Suggestions for procedure with regard to school attendance under the Education (Scotland) Act, 1936, sections 1 to 3 and 5, 1936
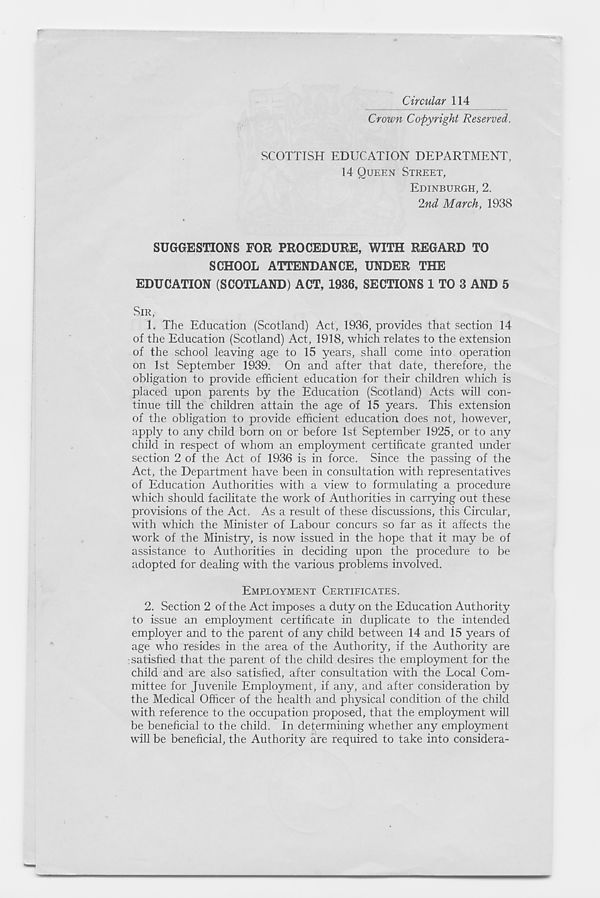
Circular 114
Crown Copyright Reserved.
SCOTTISH EDUCATION DEPARTMENT,
14 QUEEN STREET,
EDINBURGH, 2.
2nd March, 1938
SUGGESTIONS FOR PROCEDURE, WITH REGARD TO
SCHOOL ATTENDANCE, UNDER THE
EDUCATION (SCOTLAND) ACT, 1936, SECTIONS 1 TO 3 AND 5
SIR,
1. The Education (Scotland) Act, 1936, provides that section 14
of the Education (Scotland) Act, 1918, which relates to the extension
of the school leaving age to 15 years, shall come into operation
on 1st September 1939. On and after that date, therefore, the
obligation to provide efficient education for their children which is
placed upon parents by the Education (Scotland) Acts will con-
tinue till the children attain the age of 15 years. This extension
of the obligation to provide efficient education does not, however,
apply to any child born on or before 1st September 1925, or to any
child in respect of whom an employment certificate granted under
section 2 of the Act of 1936 is in force. Since the passing of the
Act, the Department have been in consultation with representatives
of Education Authorities with a view to formulating a procedure
which should facilitate the work of Authorities in carrying out these
provisions of the Act. As a result of these discussions, this Circular,
with which the Minister of Labour concurs so far as it affects the
work of the Ministry, is now issued in the hope that it may be of
assistance to Authorities in deciding upon the procedure to be
adopted for dealing with the various problems involved.
EMPLOYMENT CERTIFICATES.
2. Section 2 of the Act imposes a duty on the Education Authority
to issue an employment certificate in duplicate to the intended
employer and to the parent of any child between 14 and 15 years of
age who resides in the area of the Authority, if the Authority are
satisfied that the parent of the child desires the employment for the
child and are also satisfied, after consultation with the Local Com-
mittee for Juvenile Employment, if any, and after consideration by
the Medical Officer of the health and physical condition of the child
with reference to the occupation proposed, that the employment will
be beneficial to the child. In determining whether any employment
will be beneficial, the Authority are required to take into considera-